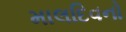
માલદિવનો